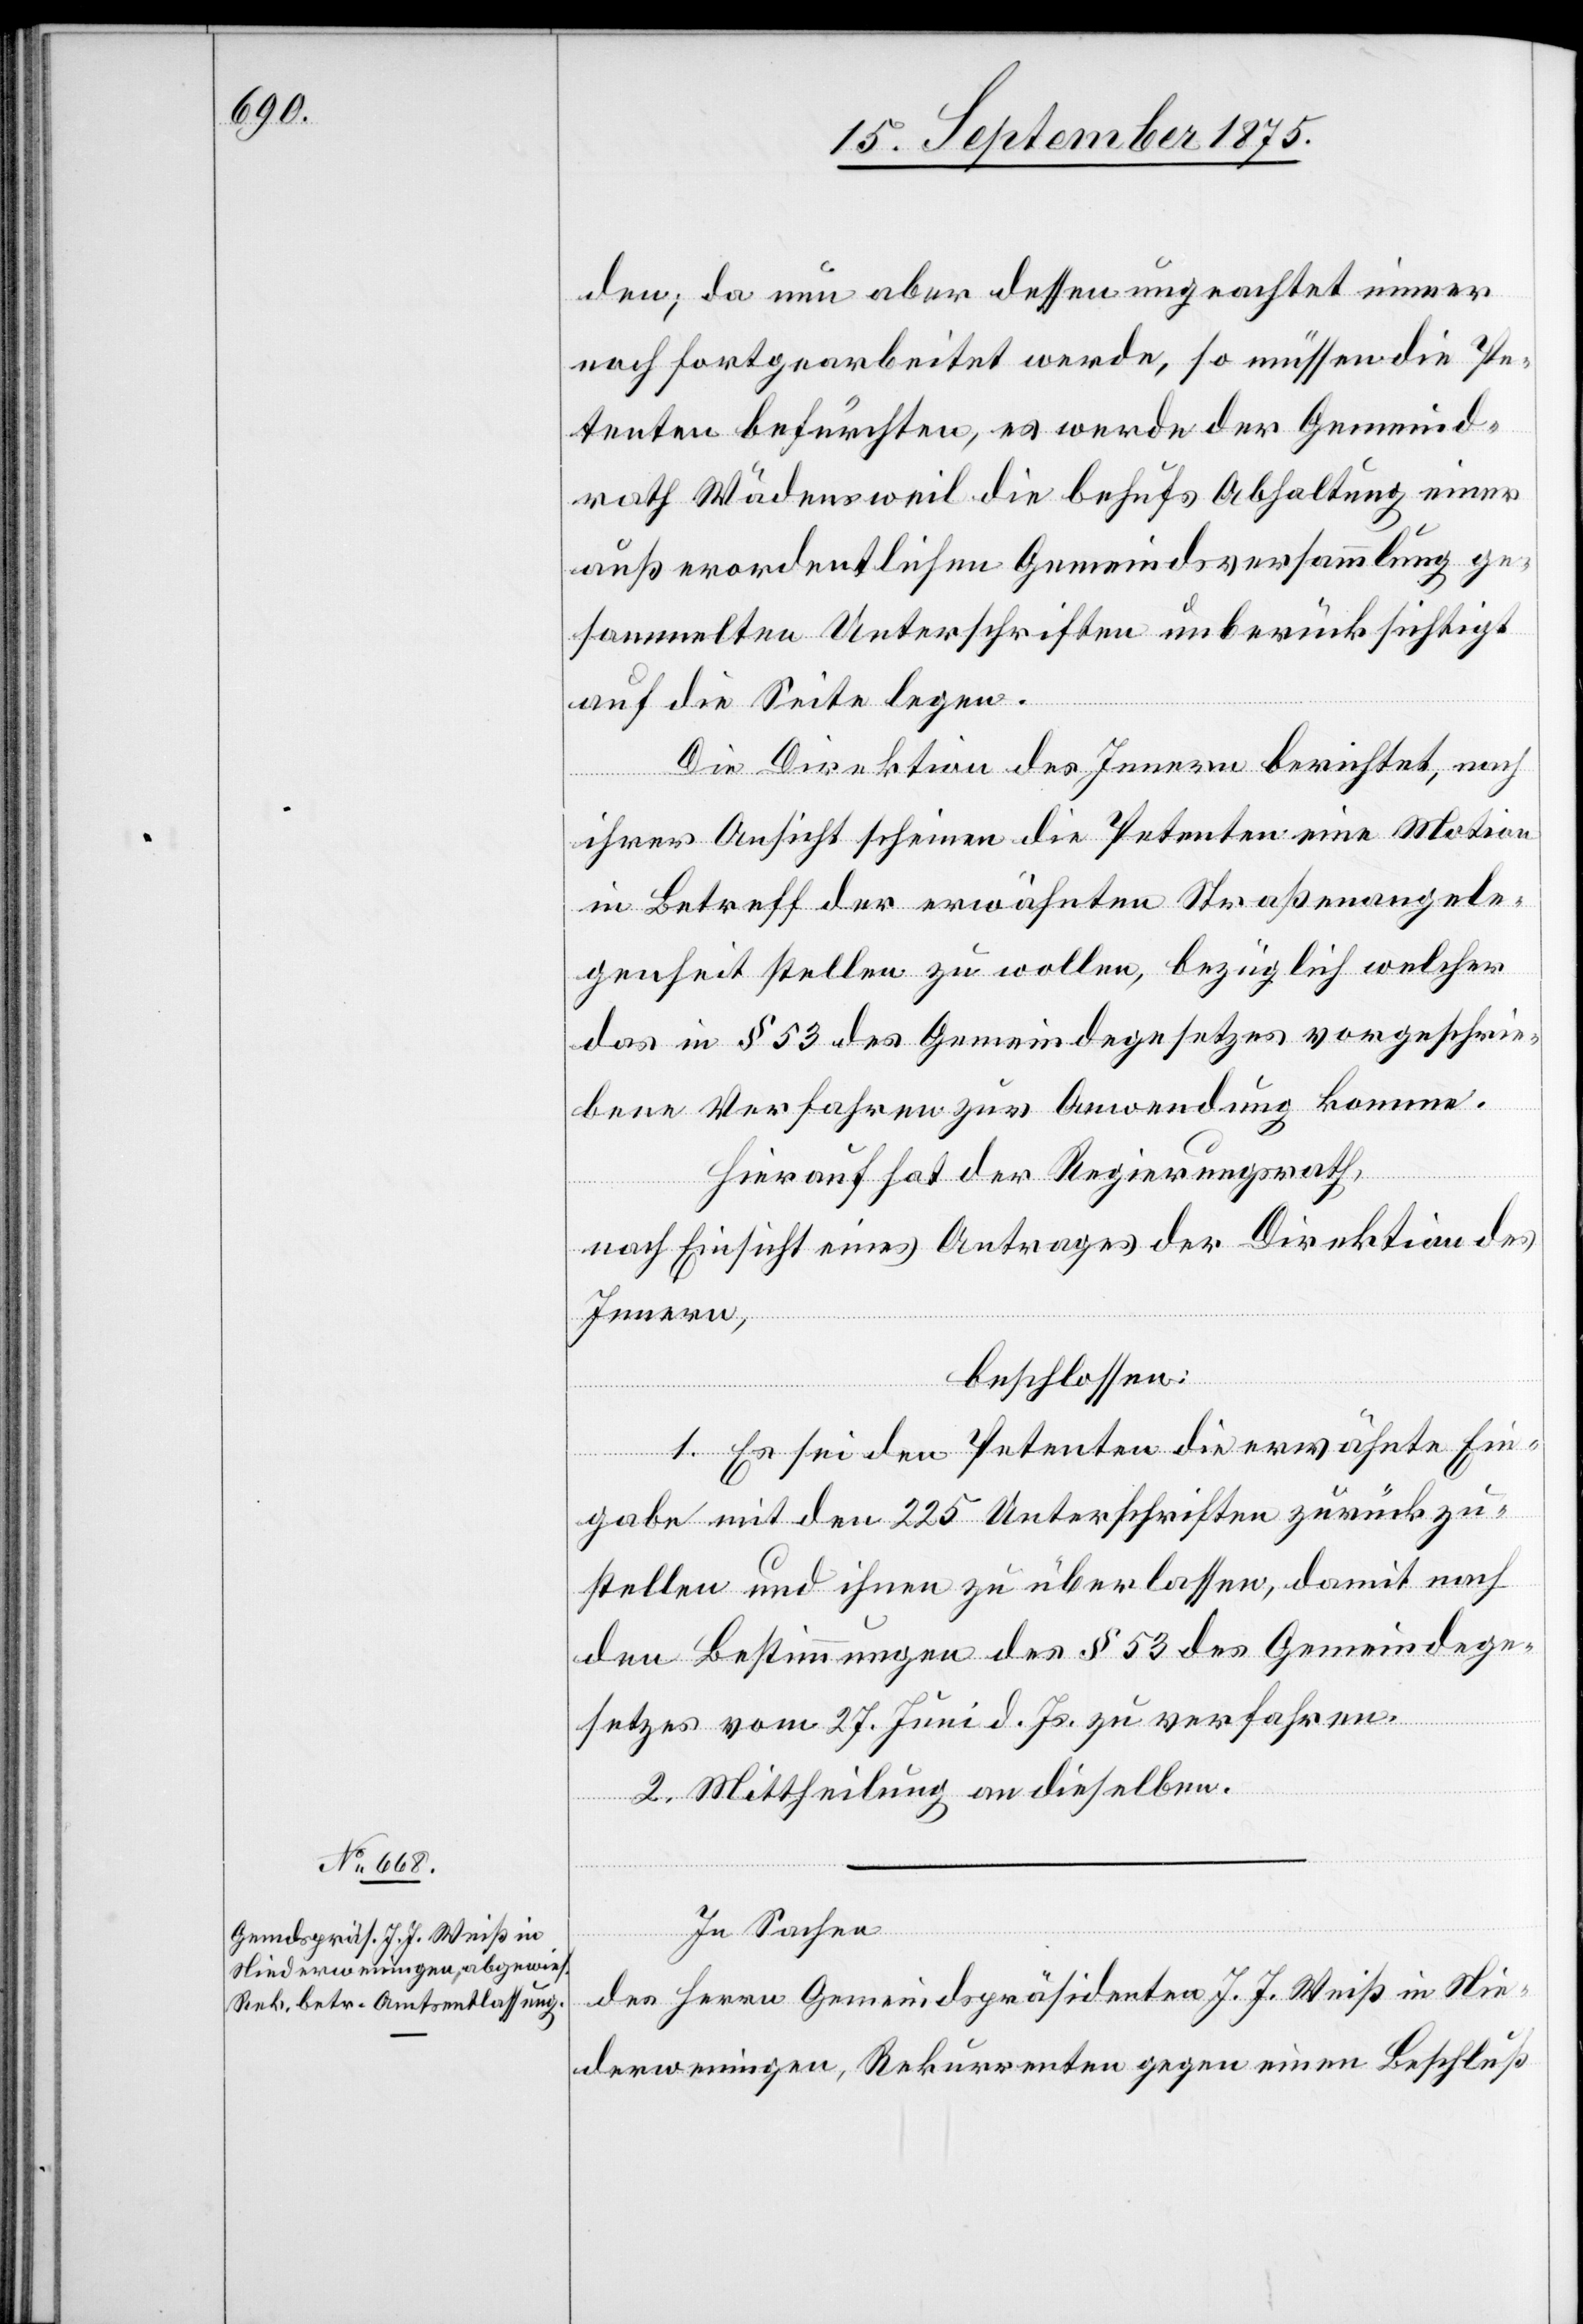
den; da nun aber dessen ungeachtet immer
noch fortgearbeitet werde, so müssen die Pe¬
tenten befürchten, es werde der Gemeind¬
rath Wädensweil die behufs Abhaltung einer
außerordentlichen Gemeindsversammlung ge¬
sammelten Unterschriften unberücksichtigt
auf die Seite legen.
Die Direktion des Innern berichtet, nach
ihrer Ansicht scheinen die Petenten eine Motion
in Betreff der erwähnten Straßenangele¬
genheit stellen zu wollen, bezüglich welcher
das in § 53 des Gemeindegesetzes vorgeschrie¬
bene Verfahren zur Anwendung komme.
Hierauf hat der Regierungsrath,
nach Einsicht eines Antrages der Direktion des
Innern,
beschlossen:
1. Es sei den Petenten die erwähnte Ein¬
gabe mit den 225 Unterschriften zurückzu¬
stellen und ihnen zu überlassen, damit nach
den Bestimmungen des § 53 des Gemeindege¬
setzes vom 27. Juni d. Js. zu verfahren.
2. Mittheilung an dieselben.
In Sachen
des Herrn Gemeindspräsidenten J. J. Weiß in Nie¬
derweningen, Rekurrenten gegen einen Beschluß